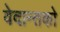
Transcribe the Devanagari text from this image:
वेदान्तकाे